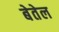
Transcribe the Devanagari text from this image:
बेतेल